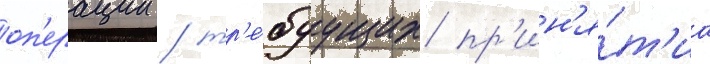
оп'ерации / тр'е́буущих пр'ин'я́т'иа